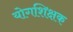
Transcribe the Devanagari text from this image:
योगशिक्षक